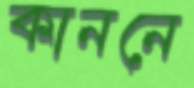
কাননে